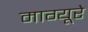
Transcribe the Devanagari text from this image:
माग्यूरे